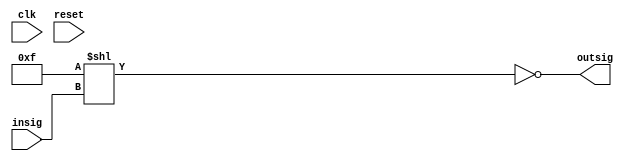
module ex1
(
clk,
reset,
insig,
outsig
);
input clk;
input reset;
input [3:0] insig;
output [3:0] outsig;
reg [3:0] outsig;

//reg [3:0] val_q;

always @ ( insig ) begin
        outsig = ~(4'hf << insig);
        $display("out: %b, in: %b",outsig,insig);
end

endmodule
module main;
reg             clk;
reg             reset;
reg     [3:0]   insig;
wire    [3:0]   outsig;
ex1 ex1(
 .clk(clk),
 .reset(reset),
 .insig(insig),
 .outsig(outsig));

initial
 begin
   $display ("\n starting the testbench\n");
   // set the inital value to 0
   clk        = 1'b0;
   reset  = 1;
   insig = 4'h0;
   #20 insig = 4'h2;
end
initial
  #70 $finish;

always
   #10 clk = ~clk;

always @(posedge clk)
  $display ($time, "..................clock tickling");

endmodule